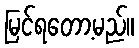
မြင်ရတော့မည်။